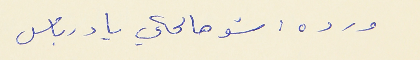
ورده : شو هالحكي يا درباس